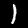
Label: 1